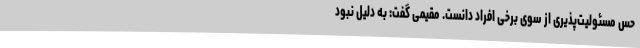
حس مسئولیت‌پذیری از سوی برخی افراد دانست. مقیمی گفت: به دلیل نبود